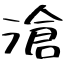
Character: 滄